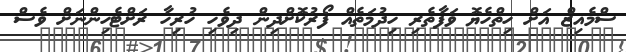
ސްމެއިޒް އަށް ހިތްހެޔޮ ވަފާތެރި ހިދުމަތެއް ފޯރުކޮށްދިން ދިވެހި ހުރިހާ ރަށްޓެހިންނަށް ވެސް